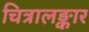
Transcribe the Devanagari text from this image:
चित्रालङ्कार